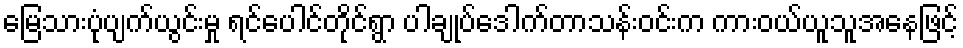
မြေသားပုံပျက်ယွင်းမှု ရင်ပေါင်တိုင်ရွာ ပါချုပ်ဒေါက်တာသန်းဝင်းက ကားဝယ်ယူသူအနေဖြင့်